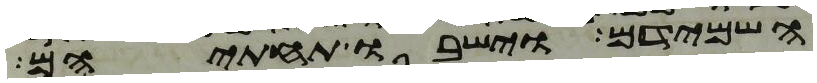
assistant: השמידם וישבו תחתם